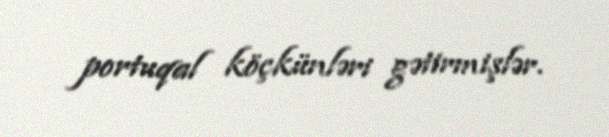
portuqal köçkünləri gətirmişlər.